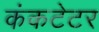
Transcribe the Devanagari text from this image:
कंकटेटर